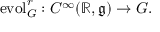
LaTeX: \operatorname { e v o l } _ { G } ^ { r } : C ^ { \infty } ( \mathbb { R } , { \mathfrak { g } } ) \to G .